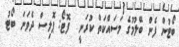
ބޯޓުން ފެން ބޭލުމުގެ މަސައްކަތް ކުރަނީ  ފޮޓޯ: ޕޮލިސް ދެވަނަ ބޯޓު